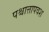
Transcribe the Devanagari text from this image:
पश्चात्तापवश